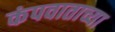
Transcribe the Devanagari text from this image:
कंपवाताच्या